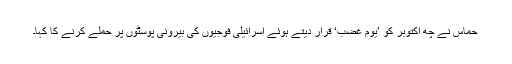
حماس نے چھ اکتوبر کو ’یوم غضب‘ قرار دیتے ہوئے اسرائیلی فوجیوں کی بیرونی پوسٹوں پر حملے کرنے کا کہا۔